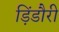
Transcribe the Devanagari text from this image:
ड़िंडौरी